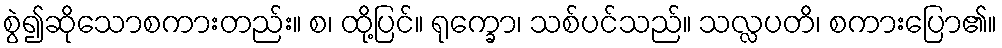
စွဲ၍ဆိုသောစကားတည်း။ စ၊ ထို့ပြင်။ ရုက္ခော၊ သစ်ပင်သည်။ သလ္လပတိ၊ စကားပြော၏။